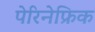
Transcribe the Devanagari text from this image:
पेरिनेफ्रिक